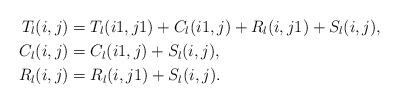
LaTeX: \begin{align*} T_l(i,j) &=T_{l}(i1,j1)+C_l(i1,j)+R_{l}(i,j1)+S_l(i,j), \\C_l(i,j) &= C_l(i1,j) + S_l(i,j), \\R_l(i,j) &= R_l(i,j1)+ S_l(i,j). \end{align*}